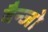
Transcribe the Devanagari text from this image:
बैन्जो